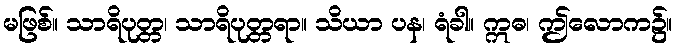
မဖြစ်။ သာရိပုတ္တ၊ သာရိပုတ္တရာ။ သိယာ ပန၊ ရံခါ။ ဣဓ၊ ဤလောက၌။